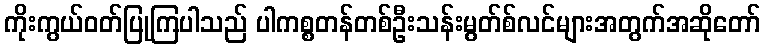
ကိုးကွယ်ဝတ်ပြုကြပါသည် ပါကစ္စတန်တစ်ဦးသန်းမွတ်စ်လင်များအတွက်အဆိုတော်